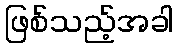
ဖြစ်သည့်အခါ